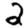
Digit: 2